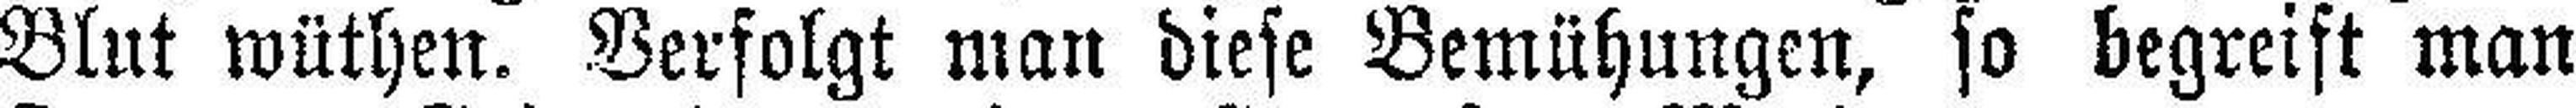
Blut wüthen. Verfolgt man diese Bemühungen, so begreift man